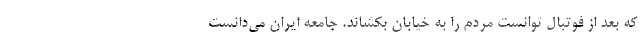
که بعد از فوتبال توانست مردم را به خیابان بکشاند. جامعه ایران می‌دانست